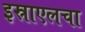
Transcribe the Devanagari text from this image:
इस्राएलचा